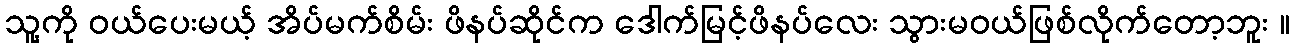
သူ့ကို ဝယ်ပေးမယ့် အိပ်မက်စိမ်း ဖိနပ်ဆိုင်က ဒေါက်မြင့်ဖိနပ်လေး သွားမဝယ်ဖြစ်လိုက်တော့ဘူး ။